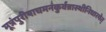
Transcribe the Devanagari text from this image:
मूत्रंपुरीषाचमनंकुर्वन्नास्थीनिधारयेत्